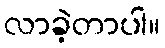
လာခဲ့တာပါ။